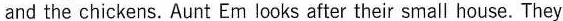
and the chickens.Aunt Em looks after their small house.They